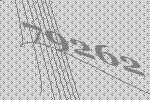
79262